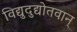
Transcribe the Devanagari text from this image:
विद्युदुद्योतवान्